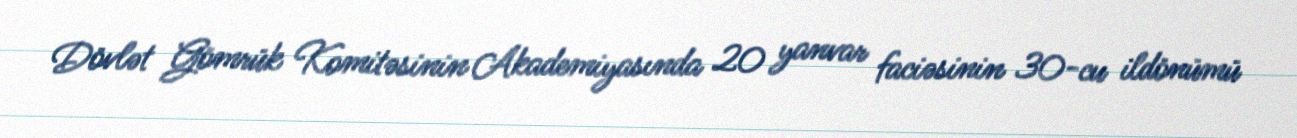
Dövlət Gömrük Komitəsinin Akademiyasında 20 yanvar faciəsinin 30-cu ildönümü